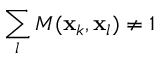
\sum _ { l } M ( \mathbf { x } _ { k } , \mathbf { x } _ { l } ) \neq 1